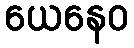
ယေနေဝ